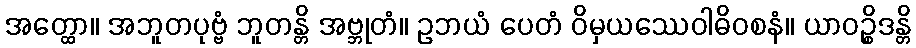
အတ္ထော။ အဘူတပုဗ္ဗံ ဘူတန္တိ အဗ္ဘုတံ။ ဥဘယံ ပေတံ ဝိမှယဿေဝါဓိဝစနံ။ ယာဝဉ္စိဒန္တိ